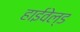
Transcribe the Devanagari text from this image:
हाईवेल्ड